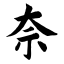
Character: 奈